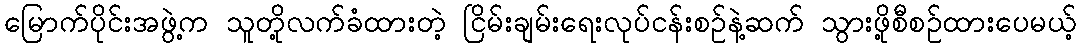
မြောက်ပိုင်းအဖွဲ့က သူတို့လက်ခံထားတဲ့ ငြိမ်းချမ်းရေးလုပ်ငန်းစဉ်နဲ့ဆက် သွားဖို့စီစဉ်ထားပေမယ့်